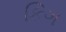
કિગ